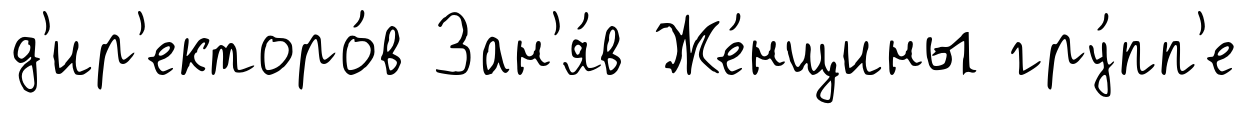
д'ир'екторо́в Зан'я́в Же́нщины гру́пп'е